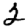
Digit: 2